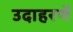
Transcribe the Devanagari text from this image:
उदाहरणें